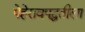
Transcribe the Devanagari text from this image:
पेहेरावपद्धतीला